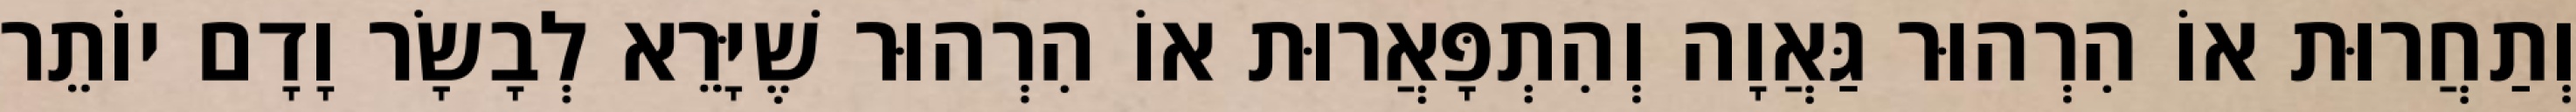
וְתַחֲרוּת אוֹ הִרְהוּר גַּאֲוָה וְהִתְפָּאֲרוּת אוֹ הִרְהוּר שֶׁיָּרֵא לְבָשָׂר וָדָם יוֹתֵר